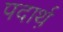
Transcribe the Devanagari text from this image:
पदार्थ़